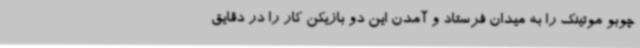
چوبو موتینک را به میدان فرستاد و آمدن این دو بازیکن کار را در دقایق